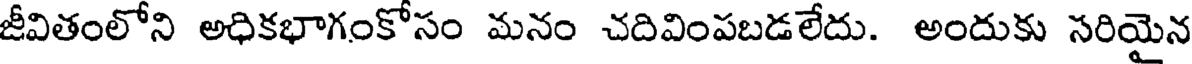
జీవితంలోని అధికభాగంకోసం మనం చదివింపబడలేదు. అందుకు సరియైన